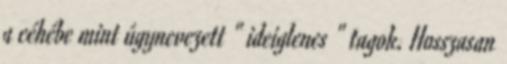
a céhébe mint úgynevezett " ideiglenes " tagok. Hosszasan